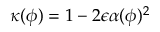
\kappa ( \phi ) = 1 - 2 \epsilon \alpha ( \phi ) ^ { 2 }